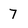
Character: 7